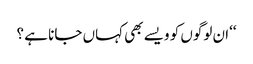
‘‘ان لوگوں کو ویسے بھی کہاں جانا ہے ؟